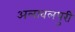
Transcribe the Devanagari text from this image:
अलावलपुरी